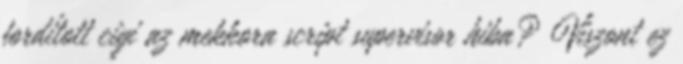
fordított cigi az mekkora script supervisor hiba? Viszont ez